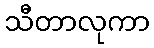
သီတာလုကာ